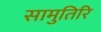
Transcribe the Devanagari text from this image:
सामुतिरि